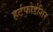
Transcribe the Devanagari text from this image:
हर्टफोर्डशिर